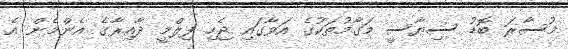
މުސާރަ ބޮޑު ސިޔާސީ މަގާމުތަކުގެ އަވާގައި ޖެހި ފިލްމީ ދާއިރާގެ އެންމެން އެ